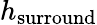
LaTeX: h_{\mathrm{{surround}}}